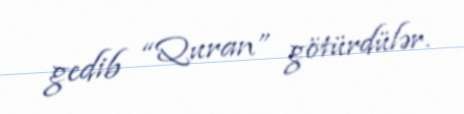
gedib “Quran” götürdülər.